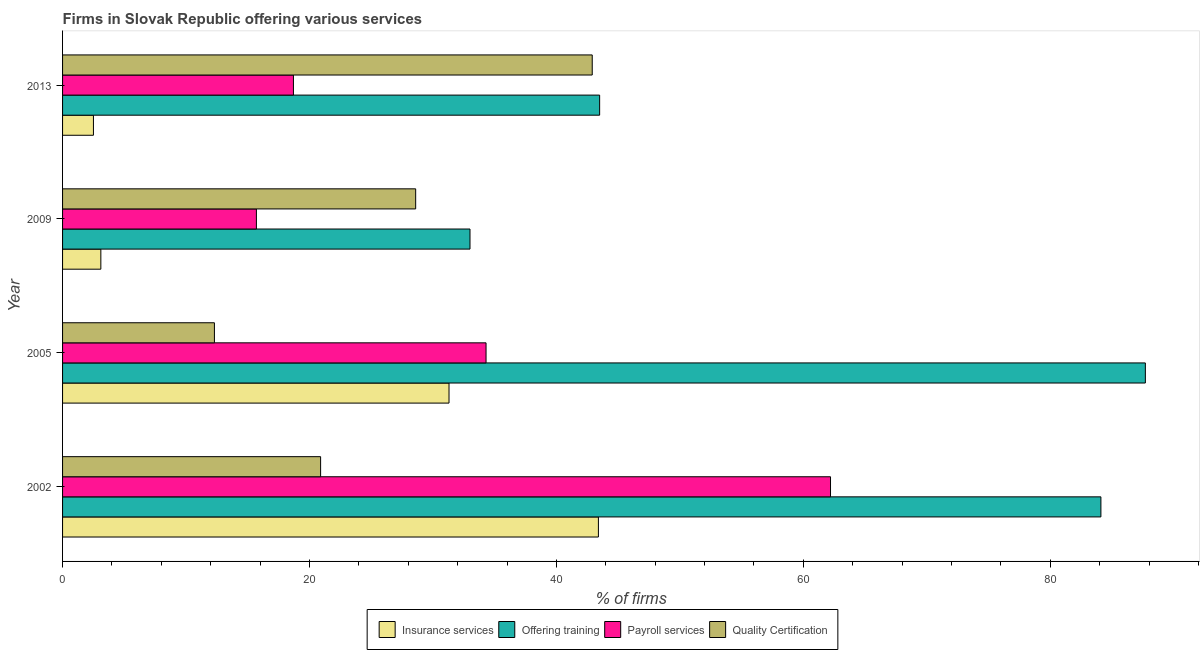
| Year | Insurance services | Offering training | Payroll services | Quality Certification |
 | --- | --- | --- | --- | --- |
 | 2002 | 43.4 | 84.1 | 62.2 | 20.9 |
 | 2005 | 31.3 | 87.7 | 34.3 | 12.3 |
 | 2009 | 3.1 | 33 | 15.7 | 28.6 |
 | 2013 | 2.5 | 43.5 | 18.7 | 42.9 |